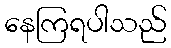
နေကြရပါသည်